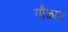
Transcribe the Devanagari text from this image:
गौळाउ